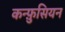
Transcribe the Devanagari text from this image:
कन्फ़ुसियन